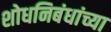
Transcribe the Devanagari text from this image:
शोधनिबंधांच्या